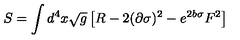
S = \int d ^ { 4 } x \sqrt { g } \left[ R - 2 ( \partial \sigma ) ^ { 2 } - e ^ { 2 b \sigma } F ^ { 2 } \right]